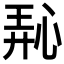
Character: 𪫵